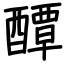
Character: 醰